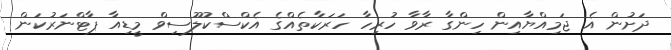
ދަށުން އެ ޖަމިއްޔާއިން ހިންގާ ރާވާ ހުރިހާ ހަރަކާތެއްގެ އެކްސްކުލޫސިވް މީޑިއާ ޕާޓްނަރުކަން